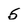
Character: 5